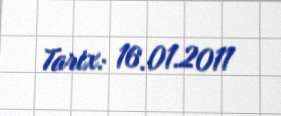
Tarix: 16.01.2011